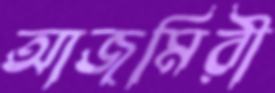
আজমিরী